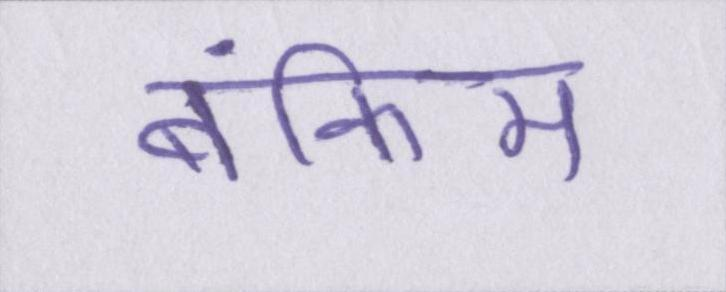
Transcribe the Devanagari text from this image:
बंकिम